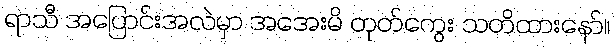
ရာသီ အပြောင်းအလဲမှာ အအေးမိ တုတ်ကွေး သတိထားနော်။